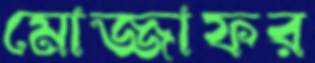
মোজ্জাফর